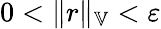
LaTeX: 0<\| r\| _{\mathbb{V}}<\varepsilon